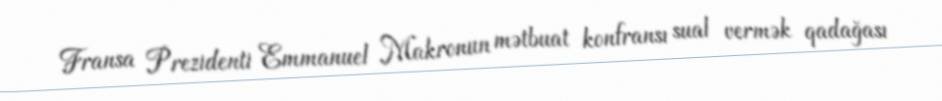
Fransa Prezidenti Emmanuel Makronun mətbuat konfransı sual vermək qadağası